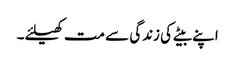
اپنے بیٹے کی زندگی سے مت کھیلئے۔